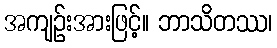
အကျဉ်းအားဖြင့်။ ဘာသိတဿ၊